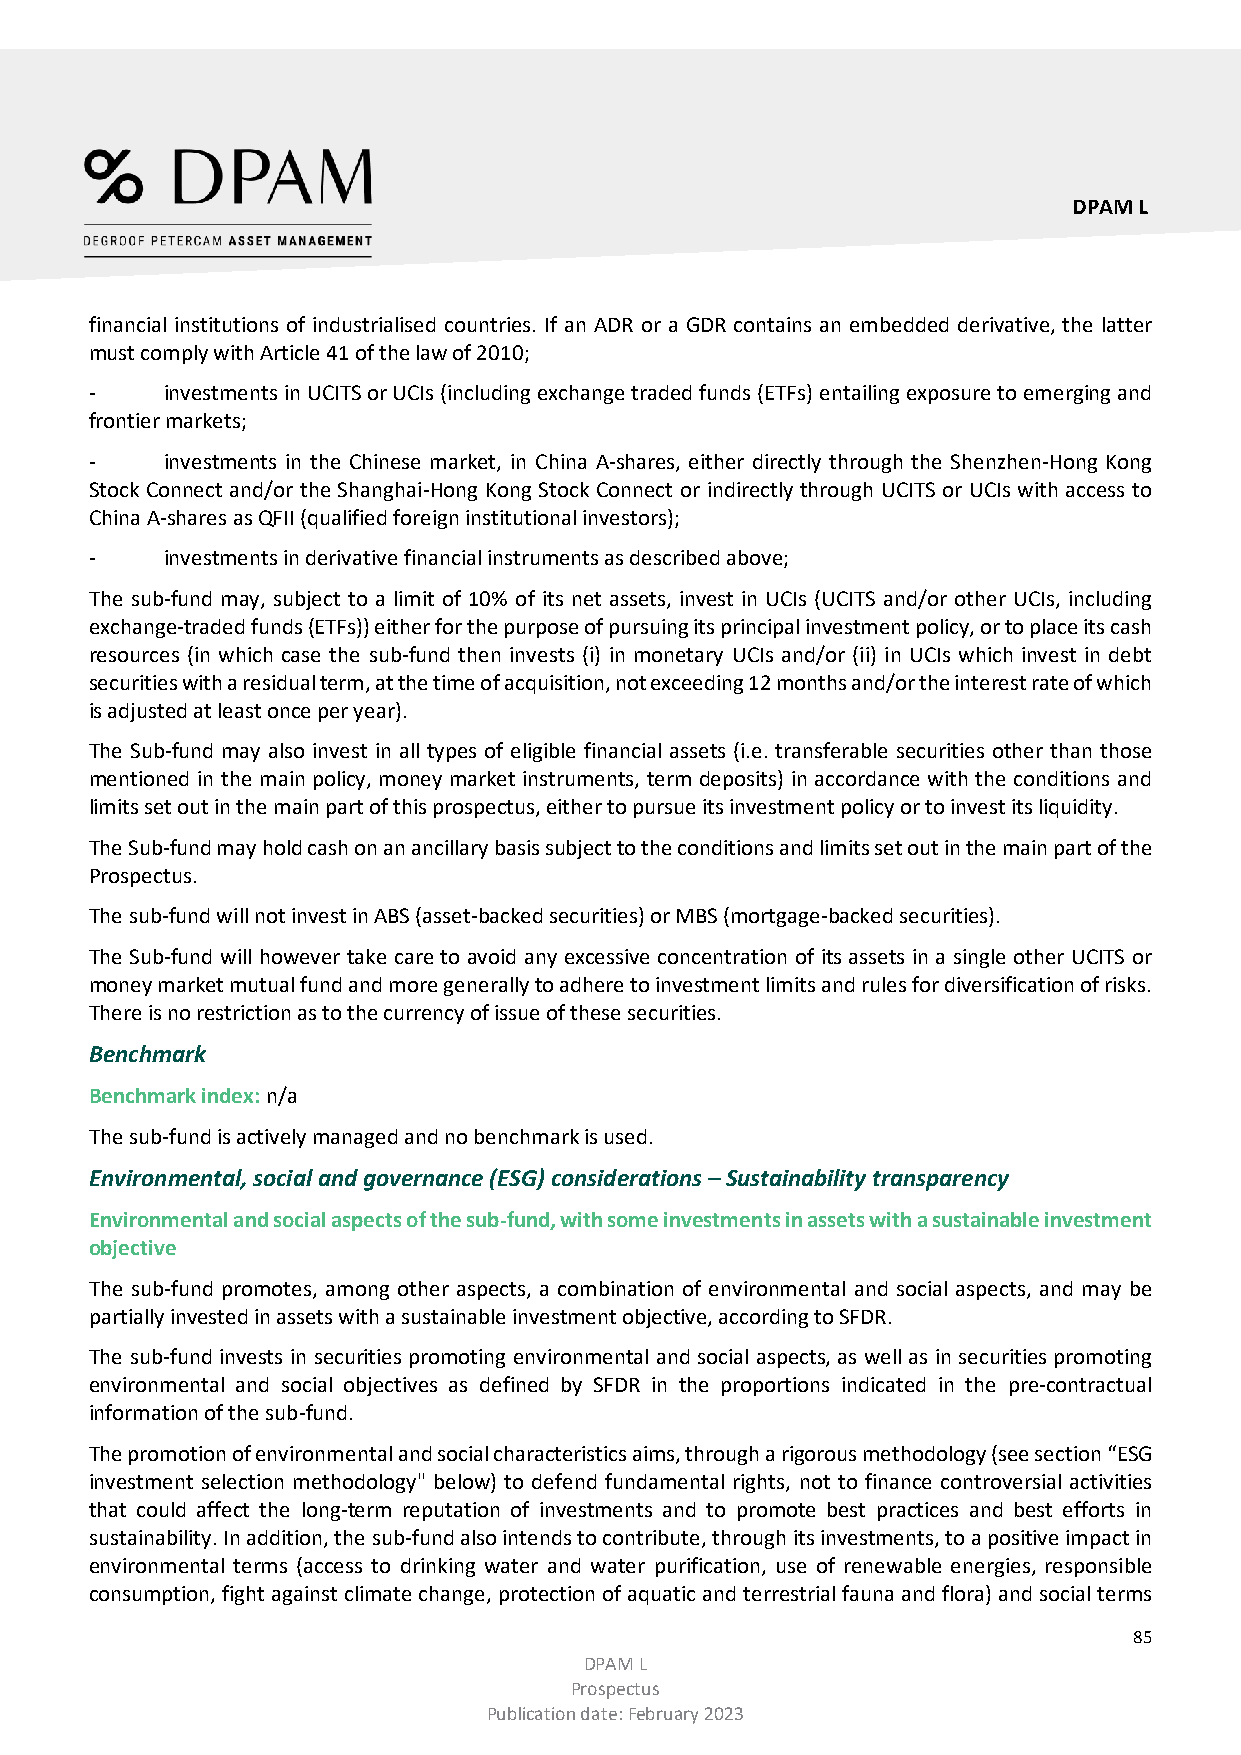
DPAM L
 financial institutions of industrialised countries. If an ADR or a GDR contains an embedded derivative, the latter
 must comply with Article 41 of the law of 2010;
 -    investments in UCITS or UCIs (including exchange traded funds (ETFs) entailing exposure to emerging and
 frontier markets;
 -    investments in the Chinese market, in China A-shares, either directly through the Shenzhen-Hong Kong
 Stock Connect and/or the Shanghai-Hong Kong Stock Connect or indirectly through UCITS or UCIs with access to
 China A-shares as QFII (qualified foreign institutional investors);
 -    investments in derivative financial instruments as described above;
 The sub-fund may, subject to a limit of 10% of its net assets, invest in UCIs (UCITS and/or other UCIs, including
 exchange-traded funds (ETFs)) either for the purpose of pursuing its principal investment policy, or to place its cash
 resources (in which case the sub-fund then invests (i) in monetary UCIs and/or (ii) in UCIs which invest in debt
 securities with a residual term, at the time of acquisition, not exceeding 12 months and/or the interest rate of which
 is adjusted at least once per year).
 The Sub-fund may also invest in all types of eligible financial assets (i.e. transferable securities other than those
 mentioned in the main policy, money market instruments, term deposits) in accordance with the conditions and
 limits set out in the main part of this prospectus, either to pursue its investment policy or to invest its liquidity.
 The Sub-fund may hold cash on an ancillary basis subject to the conditions and limits set out in the main part of the
 Prospectus.
 The sub-fund will not invest in ABS (asset-backed securities) or MBS (mortgage-backed securities).
 The Sub-fund will however take care to avoid any excessive concentration of its assets in a single other UCITS or
 money market mutual fund and more generally to adhere to investment limits and rules for diversification of risks.
 There is no restriction as to the currency of issue of these securities.
 Benchmark
 Benchmark index: n/a
 The sub-fund is actively managed and no benchmark is used.
 Environmental, social and governance (ESG) considerations – Sustainability transparency
 Environmental and social aspects of the sub-fund, with some investments in assets with a sustainable investment
 objective
 The sub-fund promotes, among other aspects, a combination of environmental and social aspects, and may be
 partially invested in assets with a sustainable investment objective, according to SFDR.
 The sub-fund invests in securities promoting environmental and social aspects, as well as in securities promoting
 environmental and social objectives as defined by SFDR in the proportions indicated in the pre-contractual
 information of the sub-fund.
 The promotion of environmental and social characteristics aims, through a rigorous methodology (see section “ESG
 investment selection methodology" below) to defend fundamental rights, not to finance controversial activities
 that could affect the long-term reputation of investments and to promote best practices and best efforts in
 sustainability. In addition, the sub-fund also intends to contribute, through its investments, to a positive impact in
 environmental terms (access to drinking water and water purification, use of renewable energies, responsible
 consumption, fight against climate change, protection of aquatic and terrestrial fauna and flora) and social terms
 85
 DPAM L
 Prospectus
 Publication date: February 2023